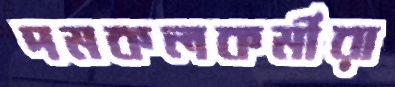
দমকলকর্মীরা